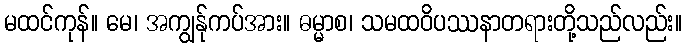
မထင်ကုန်။ မေ၊ အကျွန်ုကပ်အား။ ဓမ္မာစ၊ သမထဝိပဿနာတရားတို့သည်လည်း။